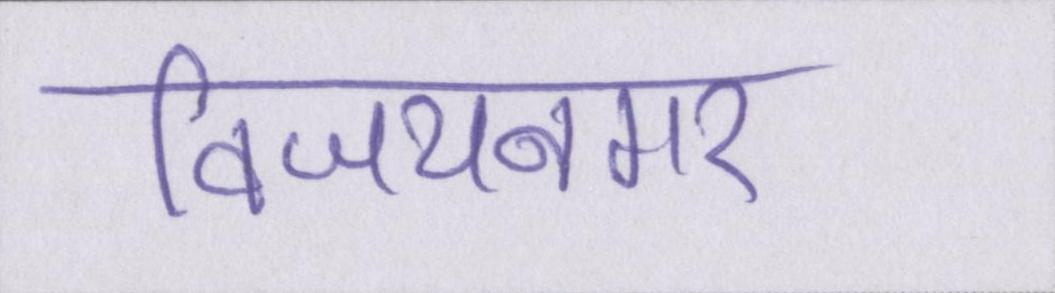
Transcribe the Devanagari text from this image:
विजयनगर